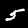
Label: 5